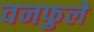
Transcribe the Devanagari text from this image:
वनफुले